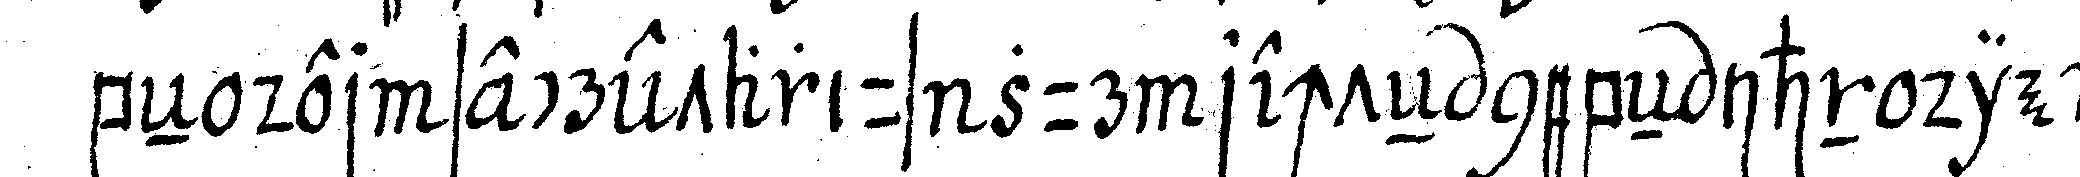
beN der secretarius zur rechteN nebeN ihn die